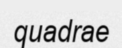
quadrae